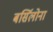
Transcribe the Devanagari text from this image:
बर्सिलोना